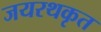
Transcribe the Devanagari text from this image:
जयरथकृत